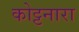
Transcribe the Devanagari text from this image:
कोट्टनारा